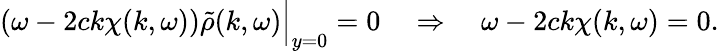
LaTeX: \begin{array}{r}{\left(\omega-2ck\chi(k,\omega)\right)\tilde{\rho}(k,\omega)\Big|_{y=0}=0\quad\Rightarrow\quad\omega-2ck\chi(k,\omega)=0.}\end{array}